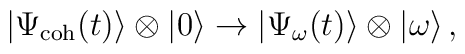
|\Psi_{\rm coh}(t)\rangle\otimes|0\rangle \rightarrow |\Psi_\omega (t)\rangle\otimes|\omega\rangle\,,